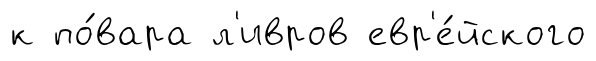
к по́вара л'ивров евр'е́йского